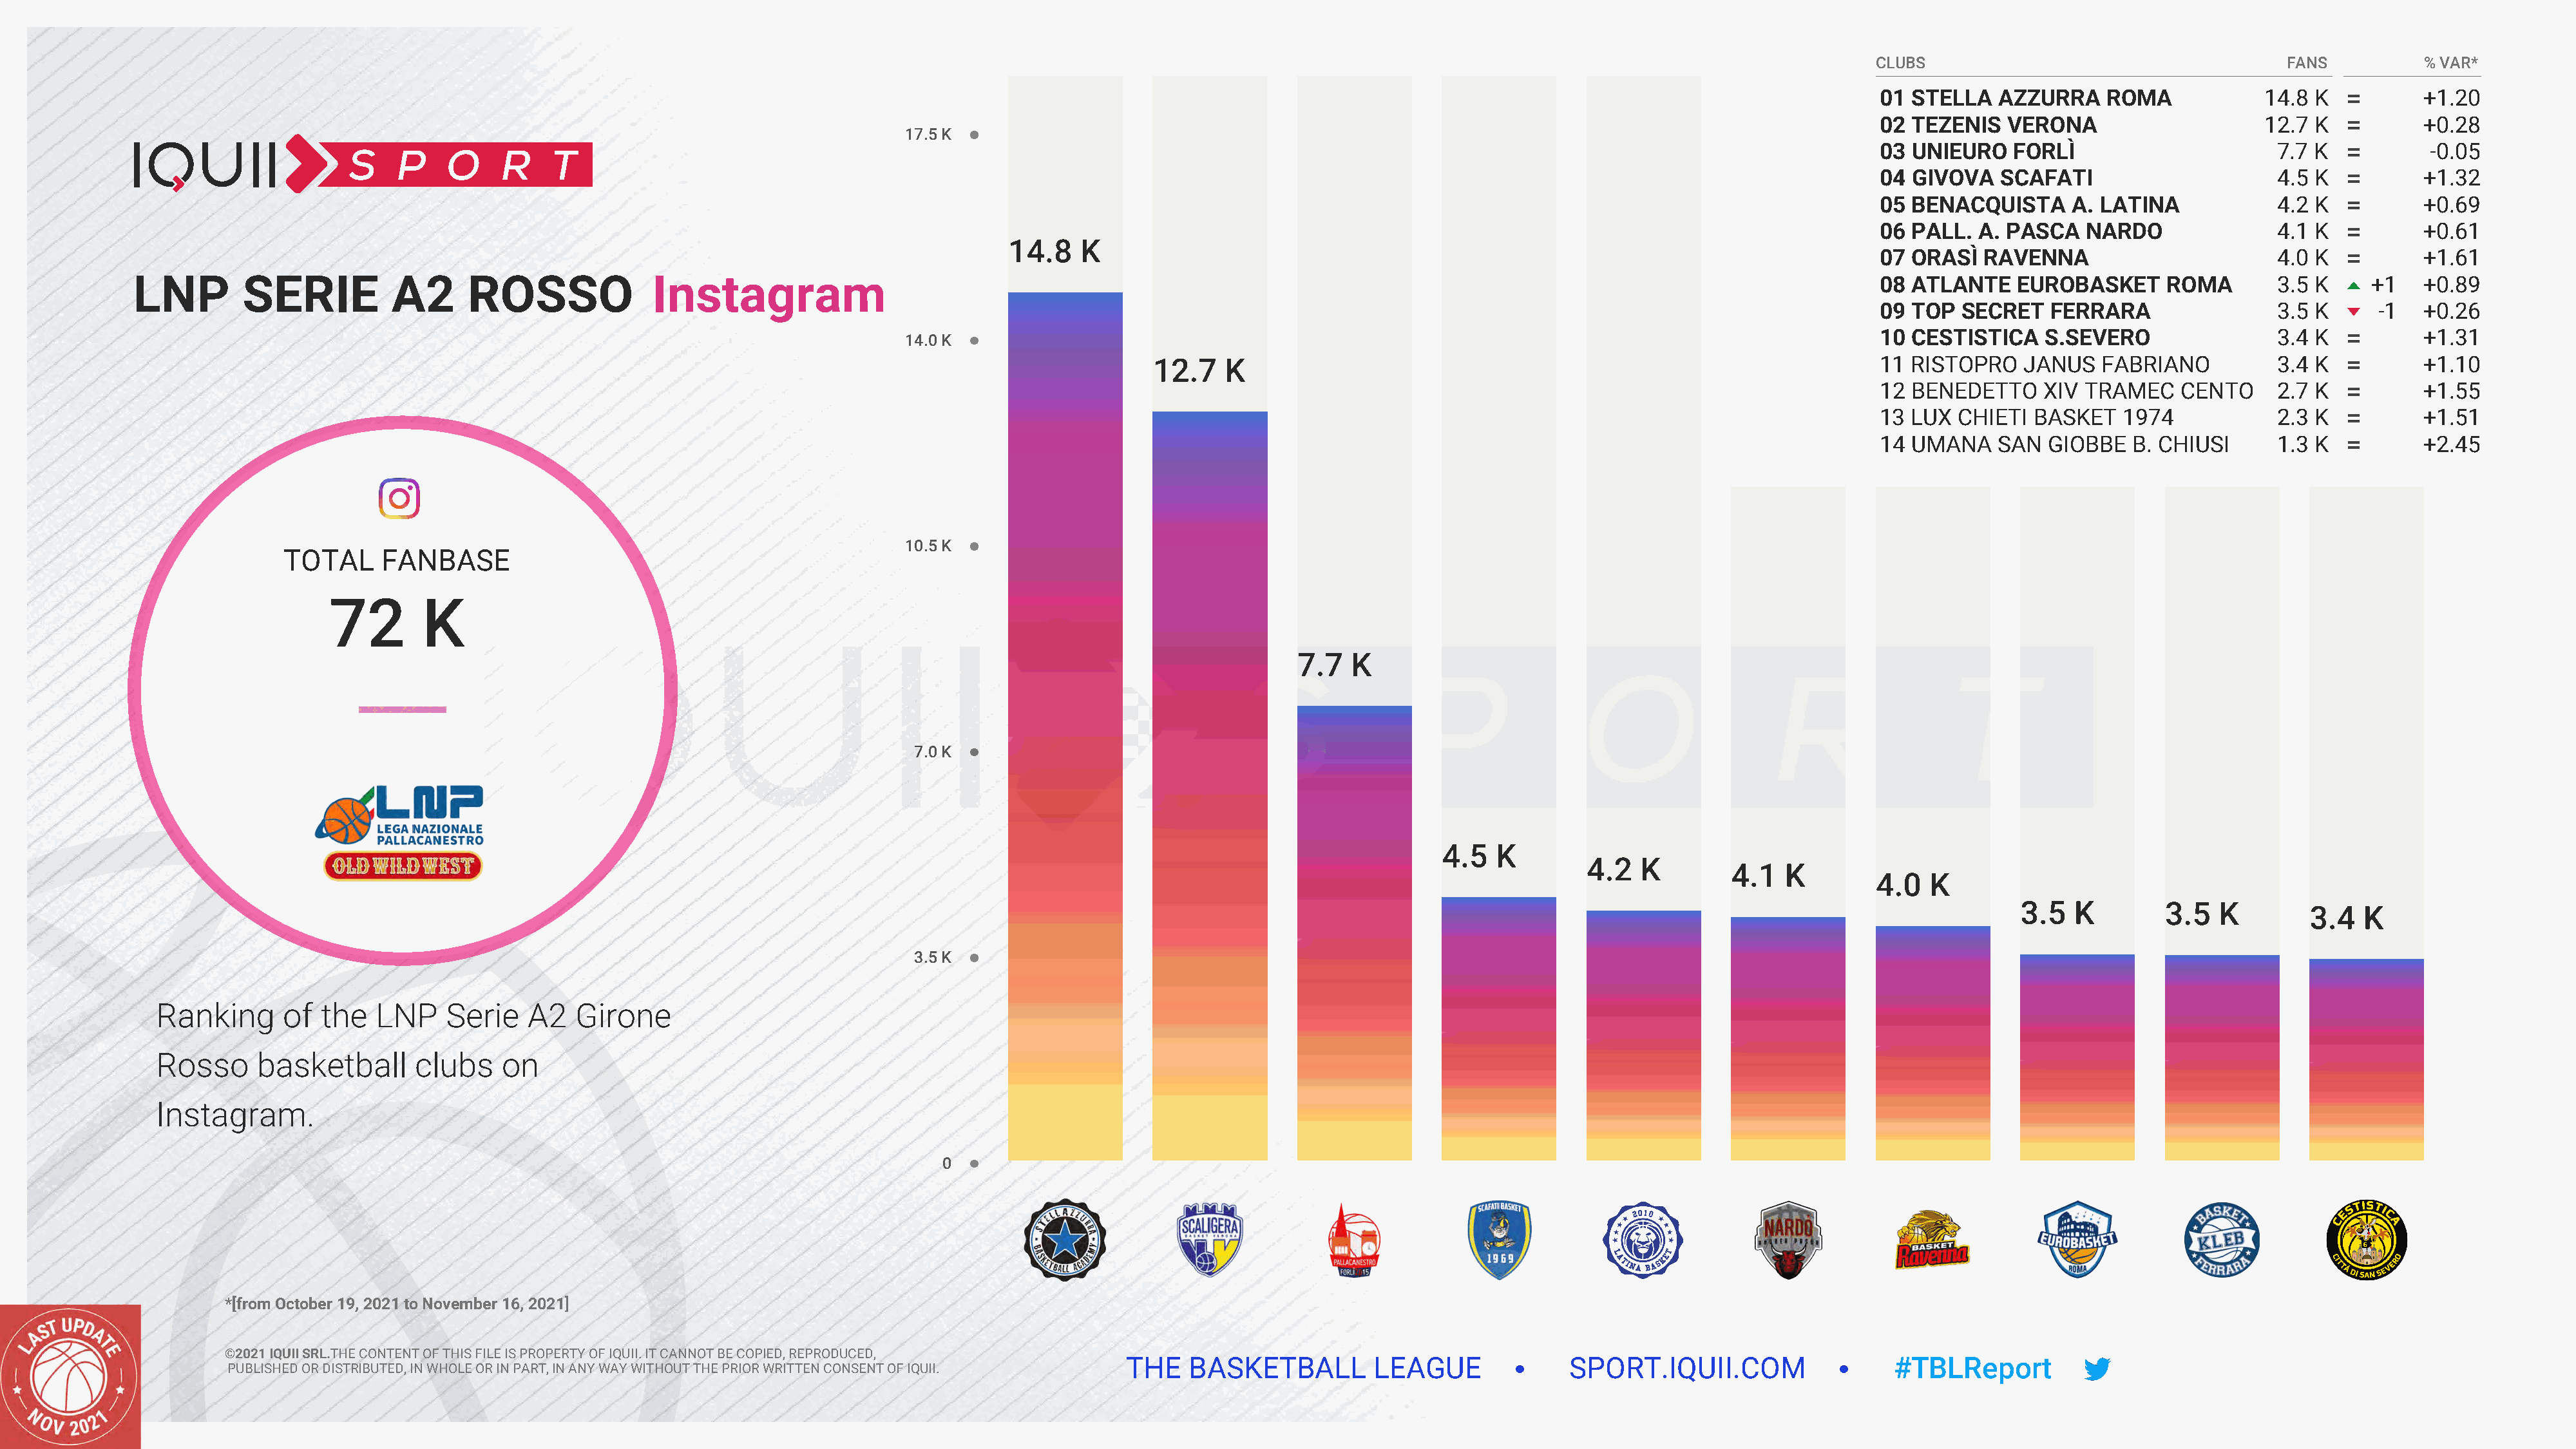
CLUBS                                     FANS          % VAR*
 01 STELLA   AZZURRA    ROMA             14.8 K          +1.20
 02 TEZENIS   VERONA                     12.7 K          +0.28
 17.5 K
 03 UNIEURO    FORLÌ                      7.7 K           -0.05
 04 GIVOVA    SCAFATI                     4.5 K          +1.32
 05 BENACQUISTA      A. LATINA            4.2 K          +0.69
 06 PALL.  A. PASCA   NARDO               4.1 K          +0.61
 14.8   K
 07 ORASÌ   RAVENNA                       4.0 K          +1.61
 LNP        SERIE          A2      ROSSO              Instagram                                                                                                                     08 ATLANTE    EUROBASKET      ROMA       3.5 K     +1   +0.89
 09 TOP   SECRET   FERRARA                3.5 K     -1   +0.26
 10 CESTISTICA    S.SEVERO                3.4 K          +1.31
 14.0 K
 12.7    K                                                                  11 RISTOPRO    JANUS   FABRIANO          3.4 K          +1.10
 12 BENEDETTO     XIV TRAMEC    CENTO     2.7 K          +1.55
 13 LUX  CHIETI  BASKET   1974            2.3 K          +1.51
 14 UMANA    SAN  GIOBBE   B. CHIUSI      1.3 K          +2.45
 10.5 K
 TOTAL     FANBASE
 72       K
 7.7   K
 7.0 K
 4.5   K
 4.2   K
 4.1  K
 4.0  K
 3.5  K        3.5   K
 3.4   K
 3.5 K
 Ranking      of  the   LNP    Serie   A2   Girone
 Rosso     basketball       clubs    on
 Instagram.
 0
 *[from October 19, 2021 to November 16, 2021]
 ©2021 IQUII SRL.THE CONTENT OF THIS FILE IS PROPERTY OF IQUII. IT CANNOT BE COPIED, REPRODUCED,
 THE   BASKETBALL         LEAGUE              SPORT.IQUII.COM                   #TBLReport
 PUBLISHED OR DISTRIBUTED, IN WHOLE OR IN PART, IN ANY WAY WITHOUT THE PRIOR WRITTEN CONSENT OF IQUII.